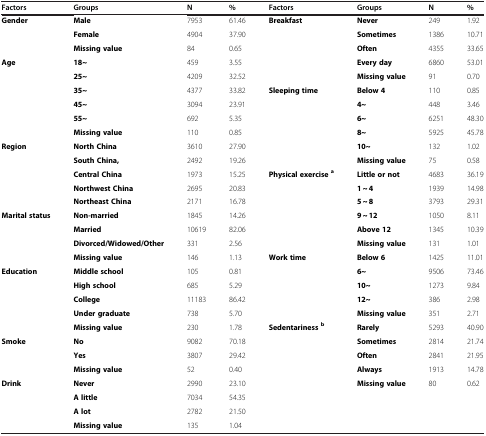
<table><thead><tr><td><b>Factors</b></td><td><b>Groups</b></td><td><b>N</b></td><td><b>%</b></td><td><b>Factors</b></td><td><b>Groups</b></td><td><b>N</b></td><td><b>%</b></td></tr></thead><tbody><tr><td><b>Gender</b></td><td><b>Male</b></td><td>7953</td><td>61.46</td><td><b>Breakfast</b></td><td><b>Never</b></td><td>249</td><td>1.92</td></tr><tr><td> </td><td><b>Female</b></td><td>4904</td><td>37.90</td><td> </td><td><b>Sometimes</b></td><td>1386</td><td>10.71</td></tr><tr><td> </td><td><b>Missing value</b></td><td>84</td><td>0.65</td><td> </td><td><b>Often</b></td><td>4355</td><td>33.65</td></tr><tr><td><b>Age</b></td><td><b>18~</b></td><td>459</td><td>3.55</td><td> </td><td><b>Every day</b></td><td>6860</td><td>53.01</td></tr><tr><td> </td><td><b>25~</b></td><td>4209</td><td>32.52</td><td> </td><td><b>Missing value</b></td><td>91</td><td>0.70</td></tr><tr><td> </td><td><b>35~</b></td><td>4377</td><td>33.82</td><td><b>Sleeping time</b></td><td><b>Below 4</b></td><td>110</td><td>0.85</td></tr><tr><td> </td><td><b>45~</b></td><td>3094</td><td>23.91</td><td> </td><td><b>4~</b></td><td>448</td><td>3.46</td></tr><tr><td> </td><td><b>55~</b></td><td>692</td><td>5.35</td><td> </td><td><b>6~</b></td><td>6251</td><td>48.30</td></tr><tr><td> </td><td><b>Missing value</b></td><td>110</td><td>0.85</td><td> </td><td><b>8~</b></td><td>5925</td><td>45.78</td></tr><tr><td><b>Region</b></td><td><b>North China</b></td><td>3610</td><td>27.90</td><td> </td><td><b>10~</b></td><td>132</td><td>1.02</td></tr><tr><td> </td><td><b>South China,</b></td><td>2492</td><td>19.26</td><td> </td><td><b>Missing value</b></td><td>75</td><td>0.58</td></tr><tr><td> </td><td><b>Central China</b></td><td>1973</td><td>15.25</td><td><b>Physical exercise</b><sup><b>a</b></sup></td><td><b>Little or not</b></td><td>4683</td><td>36.19</td></tr><tr><td> </td><td><b>Northwest China</b></td><td>2695</td><td>20.83</td><td> </td><td><b>1 ~ 4</b></td><td>1939</td><td>14.98</td></tr><tr><td> </td><td><b>Northeast China</b></td><td>2171</td><td>16.78</td><td> </td><td><b>5 ~ 8</b></td><td>3793</td><td>29.31</td></tr><tr><td><b>Marital status</b></td><td><b>Non-married</b></td><td>1845</td><td>14.26</td><td> </td><td><b>9 ~ 12</b></td><td>1050</td><td>8.11</td></tr><tr><td> </td><td><b>Married</b></td><td>10619</td><td>82.06</td><td> </td><td><b>Above 12</b></td><td>1345</td><td>10.39</td></tr><tr><td> </td><td><b>Divorced/Widowed/Other</b></td><td>331</td><td>2.56</td><td> </td><td><b>Missing value</b></td><td>131</td><td>1.01</td></tr><tr><td> </td><td><b>Missing value</b></td><td>146</td><td>1.13</td><td><b>Work time</b></td><td><b>Below 6</b></td><td>1425</td><td>11.01</td></tr><tr><td><b>Education</b></td><td><b>Middle school</b></td><td>105</td><td>0.81</td><td> </td><td><b>6~</b></td><td>9506</td><td>73.46</td></tr><tr><td> </td><td><b>High school</b></td><td>685</td><td>5.29</td><td> </td><td><b>10~</b></td><td>1273</td><td>9.84</td></tr><tr><td> </td><td><b>College</b></td><td>11183</td><td>86.42</td><td> </td><td><b>12~</b></td><td>386</td><td>2.98</td></tr><tr><td> </td><td><b>Under graduate</b></td><td>738</td><td>5.70</td><td> </td><td><b>Missing value</b></td><td>351</td><td>2.71</td></tr><tr><td> </td><td><b>Missing value</b></td><td>230</td><td>1.78</td><td><b>Sedentariness</b><sup><b>b</b></sup></td><td><b>Rarely</b></td><td>5293</td><td>40.90</td></tr><tr><td><b>Smoke</b></td><td><b>No</b></td><td>9082</td><td>70.18</td><td> </td><td><b>Sometimes</b></td><td>2814</td><td>21.74</td></tr><tr><td> </td><td><b>Yes</b></td><td>3807</td><td>29.42</td><td> </td><td><b>Often</b></td><td>2841</td><td>21.95</td></tr><tr><td> </td><td><b>Missing value</b></td><td>52</td><td>0.40</td><td> </td><td><b>Always</b></td><td>1913</td><td>14.78</td></tr><tr><td><b>Drink</b></td><td><b>Never</b></td><td>2990</td><td>23.10</td><td> </td><td><b>Missing value</b></td><td>80</td><td>0.62</td></tr><tr><td> </td><td><b>A little</b></td><td>7034</td><td>54.35</td><td> </td><td> </td><td> </td><td> </td></tr><tr><td> </td><td><b>A lot</b></td><td>2782</td><td>21.50</td><td> </td><td> </td><td> </td><td> </td></tr><tr><td> </td><td><b>Missing value</b></td><td>135</td><td>1.04</td><td> </td><td> </td><td> </td><td> </td></tr></tbody></table>